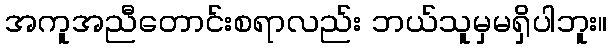
အကူအညီတောင်းစရာလည်း ဘယ်သူမှမရှိပါဘူး။